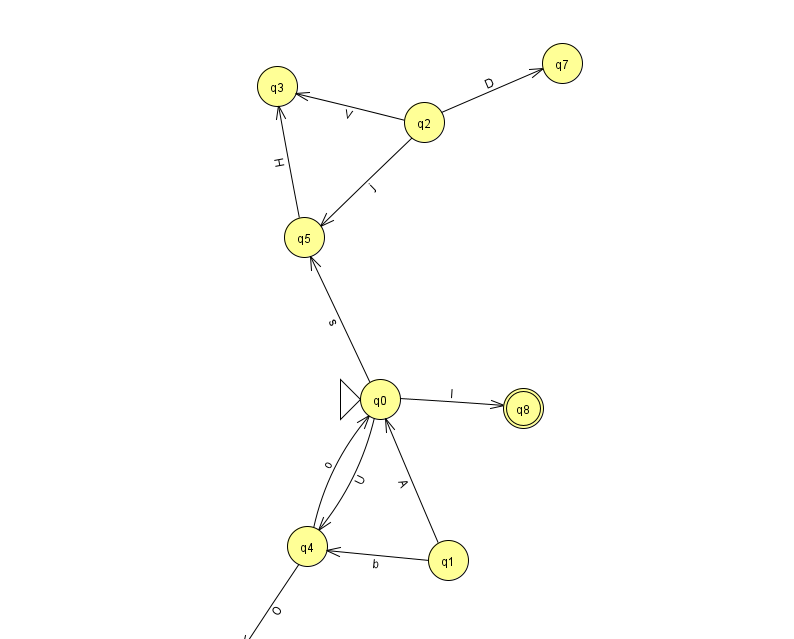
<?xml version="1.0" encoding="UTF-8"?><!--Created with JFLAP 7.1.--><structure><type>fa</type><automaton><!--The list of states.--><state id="0" name="q0"><x>380.0</x><y>386.0</y><initial/></state><state id="1" name="q1"><x>448.0</x><y>547.0</y></state><state id="2" name="q2"><x>424.0</x><y>109.0</y></state><state id="3" name="q3"><x>277.0</x><y>73.0</y></state><state id="4" name="q4"><x>307.0</x><y>533.0</y></state><state id="5" name="q5"><x>304.0</x><y>224.0</y></state><state id="6" name="q6"><x>230.0</x><y>651.0</y><final/></state><state id="7" name="q7"><x>562.0</x><y>50.0</y></state><state id="8" name="q8"><x>523.0</x><y>395.0</y><final/></state><!--The list of transitions.--><transition><from>1</from><to>0</to><read>A</read></transition><transition><from>1</from><to>4</to><read>b</read></transition><transition><from>2</from><to>3</to><read>V</read></transition><transition><from>0</from><to>5</to><read>s</read></transition><transition><from>4</from><to>6</to><read>O</read></transition><transition><from>0</from><to>4</to><read>U</read></transition><transition><from>5</from><to>3</to><read>H</read></transition><transition><from>2</from><to>7</to><read>D</read></transition><transition><from>0</from><to>8</to><read>l</read></transition><transition><from>2</from><to>5</to><read>j</read></transition><transition><from>4</from><to>0</to><read>o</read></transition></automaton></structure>